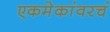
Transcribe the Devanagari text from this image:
एकमेकांवरचं